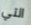
التي